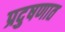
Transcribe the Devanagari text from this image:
प्रदुषणात